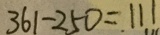
3 6 1 - 2 5 0 = 1 1 1